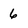
Character: 6